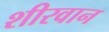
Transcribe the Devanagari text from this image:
शीरवान